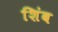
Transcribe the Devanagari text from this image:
शिंब